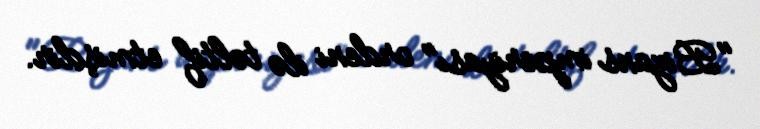
"Bizans imperiyası" ordeni ilə təltif etmişdir.